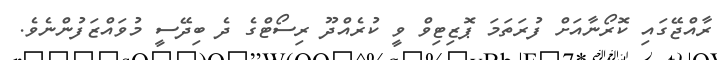
ރާއްޖޭގައި ކޮރޯނާއަށް ފުރަތަމަ ޕޮޒިޓިވް ވީ ކުރެއްދޫ ރިސޯޓްގެ ދެ ބިދޭސީ މުވައްޒަފުންނެވެ.